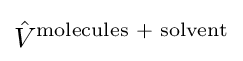
{\hat {V}}^{\text{molecules + solvent}}